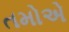
તમોએ